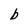
Character: b